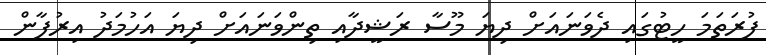
ފުރަތަމަ ހީޓުގައި ދެވަނައަށް ދިޔަ މޫސާ ރަޝީދާއި ތިންވަނައަށް ދިޔަ އަހުމަދު އިރުފާން